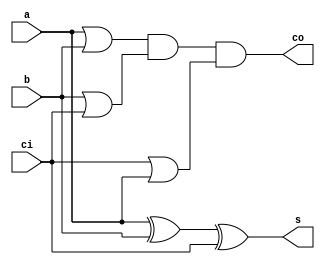

module adder1(s, co, a, b, ci);

output s, co;
input  a, b, ci;
wire   o0, o1, o2;

xor(s, a, b, ci);
or(o0, a, b);
or(o1, b, ci);
or(o2, ci, a);
and(co, o0, o1, o2);
   
endmodule // adder


// multiplexer 2
module mux2(out,sel,a,b);
input a,b,sel;
output out;
tri out;
bufif1 (out,a,sel);
bufif0 (out,b,sel);
endmodule 
//mux2 end

module carryripple8(s,co,a,b,ci);
input [7:0] a,b;
input ci;
output [7:0] s;
output co;
wire c1,c2,c3,c4,c5,c6,c7;

adder1 a1(s[0],c1,a[0],b[0],ci);
adder1 a2(s[1],c2,a[1],b[1],c1);
adder1 a3(s[2],c3,a[2],b[2],c2);
adder1 a4(s[3],c4,a[3],b[3],c3);
adder1 a5(s[4],c5,a[4],b[4],c4);
adder1 a6(s[5],c6,a[5],b[5],c5);
adder1 a7(s[6],c7,a[6],b[6],c6);
adder1 a8(s[7],co,a[7],b[7],c7);

endmodule

module carryselect32(s,co,a,b,ci,c_0,c_1);

output [31:0] s;
output co;
input [31:0] a,b;
input ci,c_0,c_1;
wire [23:0] s_0,s_1;
wire c16_0,c16_1,c24_0,c24_1,c32_0,c32_1;
wire c8,c16,c24;
wire w16,w24,w32;
carryripple8 cr0(s[7:0],c8,a[7:0],b[7:0],ci);

carryripple8 cr1_0(s_0[7:0],c16_0,a[15:8],b[15:8],c_0);
carryripple8 cr1_1(s_1[7:0],c16_1,a[15:8],b[15:8],c_1);

mux2 m1_8(s[8],c8,s_1[0],s_0[0]);
mux2 m1_9(s[9],c8,s_1[1],s_0[1]);
mux2 m1_10(s[10],c8,s_1[2],s_0[2]);
mux2 m1_11(s[11],c8,s_1[3],s_0[3]);
mux2 m1_12(s[12],c8,s_1[4],s_0[4]);
mux2 m1_13(s[13],c8,s_1[5],s_0[5]);
mux2 m1_14(s[14],c8,s_1[6],s_0[6]);
mux2 m1_15(s[15],c8,s_1[7],s_0[7]);
and an1(w16,c16_1,c8);
or or1(c16,w16,c16_0);

carryripple8 cr2_0(s_0[15:8],c24_0,a[23:16],b[23:16],c_0);
carryripple8 cr2_1(s_1[15:8],c24_1,a[23:16],b[23:16],c_1);

mux2 m1_16(s[16],c16,s_1[8],s_0[8]);
mux2 m1_17(s[17],c16,s_1[9],s_0[9]);
mux2 m1_18(s[18],c16,s_1[10],s_0[10]);
mux2 m1_19(s[19],c16,s_1[11],s_0[11]);
mux2 m1_20(s[20],c16,s_1[12],s_0[12]);
mux2 m1_21(s[21],c16,s_1[13],s_0[13]);
mux2 m1_22(s[22],c16,s_1[14],s_0[14]);
mux2 m1_23(s[23],c16,s_1[15],s_0[15]);

and an2(w24,c24_1,c16);
or or2(c24,w24,c24_0);

carryripple8 cr3_0(s_0[23:16],c32_0,a[31:24],b[31:24],c_0);
carryripple8 cr3_1(s_1[23:16],c32_1,a[31:24],b[31:24],c_1);

mux2 m1_24(s[24],c24,s_1[16],s_0[16]);
mux2 m1_25(s[25],c24,s_1[17],s_0[17]);
mux2 m1_26(s[26],c24,s_1[18],s_0[18]);
mux2 m1_27(s[27],c24,s_1[19],s_0[19]);
mux2 m1_28(s[28],c24,s_1[20],s_0[20]);
mux2 m1_29(s[29],c24,s_1[21],s_0[21]);
mux2 m1_30(s[30],c24,s_1[22],s_0[22]);
mux2 m1_31(s[31],c24,s_1[23],s_0[23]);

and an3(w32,c32_1,c24);
or or3(co,w32,c32_0);
endmodule